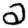
Digit: 2